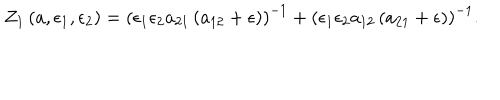
Z _ { 1 } \left( a , \epsilon _ { 1 } , \epsilon _ { 2 } \right) = \left( \epsilon _ { 1 } \epsilon _ { 2 } a _ { 2 1 } \left( a _ { 1 2 } + \epsilon \right) \right) ^ { - 1 } + \left( \epsilon _ { 1 } \epsilon _ { 2 } a _ { 1 2 } \left( a _ { 2 1 } + \epsilon \right) \right) ^ { - 1 } .